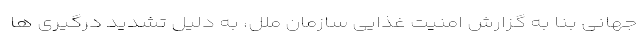
جهانی بنا به گزارش امنیت غذایی سازمان ملل، به دلیل تشدید درگیری ها